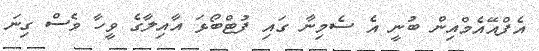
އެފްއޭއެމްއިން ބުނީ އެ ސެމިނާ ގައި ފުޓްބޯޅަ އާއިލާގެ ވީހާ ވެސް ގިނަ